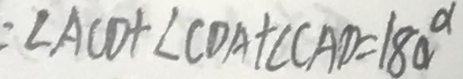
\angle A C D + \angle C D A + \angle C A D = 1 8 0 ^ { \circ }